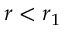
r < r _ { 1 }